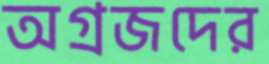
অগ্রজদের